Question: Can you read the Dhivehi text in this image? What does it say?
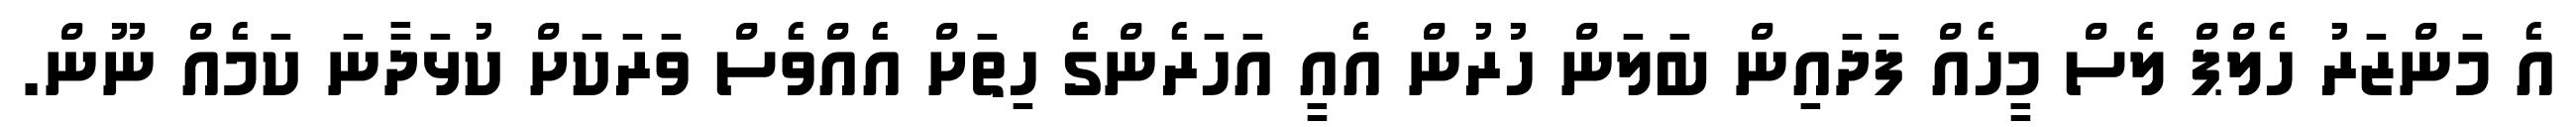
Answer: އެ މަންޒަރު ހެލްޕް ލެސް މީހެއް ފަދައިން ބަލަން ހުރުން އެއީ އަހަރެންގެ ހިތަށް އެއްވެސް ވަރަކަށް ކުޅަދާނަ ކަމެއް ނޫން.